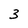
Character: 3